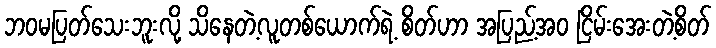
ဘဝမပြတ်သေးဘူးလို့ သိနေတဲ့လူတစ်ယောက်ရဲ့ စိတ်ဟာ အပြည့်အဝ ငြိမ်းအေးတဲ့စိတ်